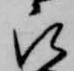
被